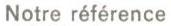
Notre référence